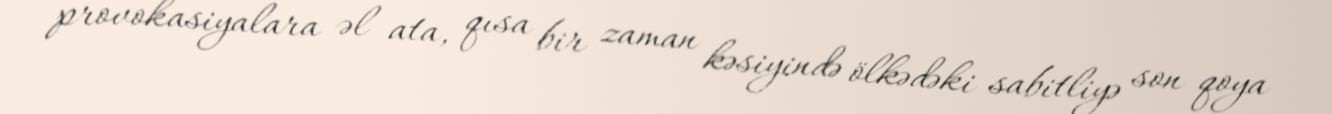
provokasiyalara əl ata, qısa bir zaman kəsiyində ölkədəki sabitliyə son qoya